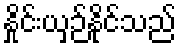
နှိုင်းယှဉ်နိုင်သည်